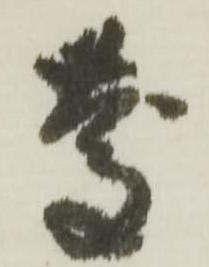
慶